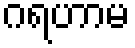
ဂရဟာမ